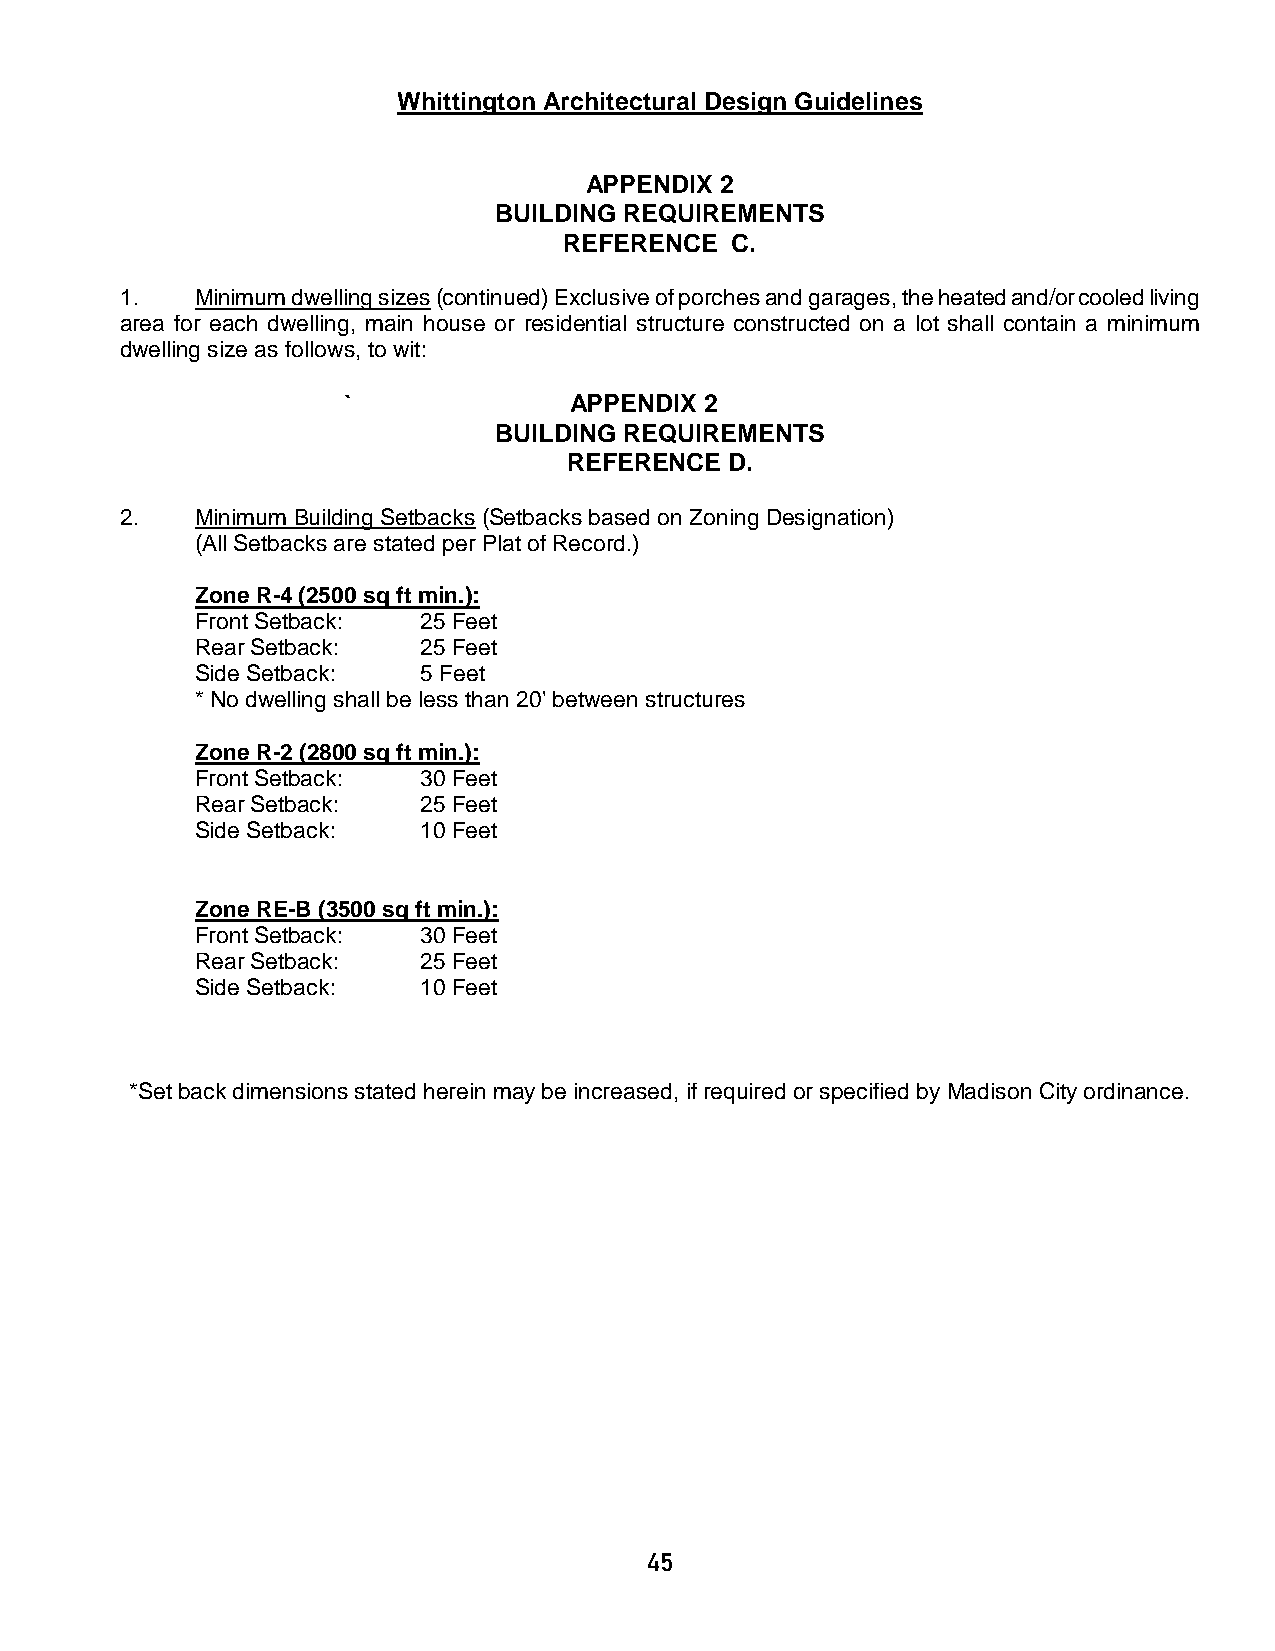
Whittington Architectural Design Guidelines
 APPENDIX 2
 BUILDING REQUIREMENTS
 REFERENCE  C.
 1.   Minimum dwelling sizes (continued) Exclusive of porches and garages, the heated and/or cooled living
 area for each dwelling, main house or residential structure constructed on a lot shall contain a minimum
 dwelling size as follows, to wit:
 `              APPENDIX 2
 BUILDING REQUIREMENTS
 REFERENCE D.
 2.   Minimum Building Setbacks (Setbacks based on Zoning Designation)
 (All Setbacks are stated per Plat of Record.)
 Zone R-4 (2500 sq ft min.):
 Front Setback: 25 Feet
 Rear Setback:  25 Feet
 Side Setback:  5 Feet
 * No dwelling shall be less than 20' between structures
 Zone R-2 (2800 sq ft min.):
 Front Setback: 30 Feet
 Rear Setback:  25 Feet
 Side Setback:  10 Feet
 Zone RE-B (3500 sq ft min.):
 Front Setback: 30 Feet
 Rear Setback:  25 Feet
 Side Setback:  10 Feet
 *Set back dimensions stated herein may be increased, if required or specified by Madison City ordinance.
 45